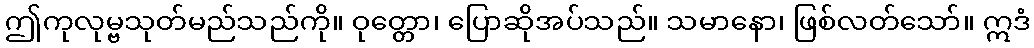
ဤကုလုမ္ဗသုတ်မည်သည်ကို။ ဝုတ္တော၊ ပြောဆိုအပ်သည်။ သမာနော၊ ဖြစ်လတ်သော်။ ဣဒံ